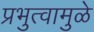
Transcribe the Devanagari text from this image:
प्रभुत्वामुळे